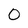
Character: 0